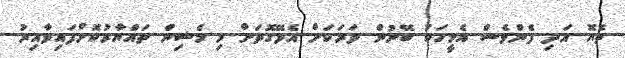
ތެޔޮ އަދި ފެންވެސް އެމީހަކު ބޭނުން ވަރަކަށް އެޅޭގޮތަށް މި މެޝިން ތައްޔާރުކޮށްފައިވާއިރު